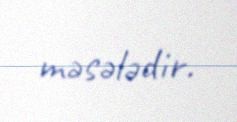
məsələdir.